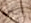
الناس